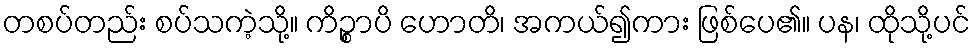
တစပ်တည်း စပ်သကဲ့သို့။ ကိဉ္စာပိ ဟောတိ၊ အကယ်၍ကား ဖြစ်ပေ၏။ ပန၊ ထိုသို့ပင်